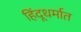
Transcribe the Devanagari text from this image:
हिंदूधर्मात